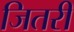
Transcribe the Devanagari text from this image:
जितरी